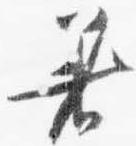
着